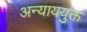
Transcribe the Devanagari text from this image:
अन्याययुक्त